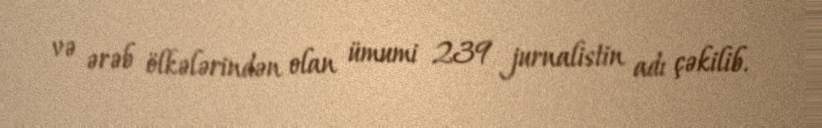
və ərəb ölkələrindən olan ümumi 239 jurnalistin adı çəkilib.